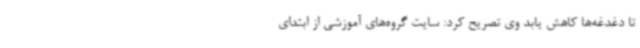
تا دغدغه‌ها کاهش یابد وی تصریح کرد: سایت گروه‌های آموزشی از ابتدای